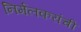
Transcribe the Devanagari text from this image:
निर्मलकरांची